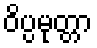
ဝိပ္ပမုတ္တာ